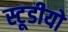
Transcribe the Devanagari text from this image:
स्टूडीयो